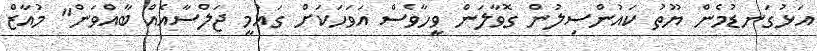
އަޅުގަނޑުމެން ޔޫތު ކައުންސިލުން ގޮވާލަން ވީހާވެސް އަވަހަކަށް ގައުމީ ޖަލްސާއެއް ބާއްވަން" މުއާޒް